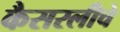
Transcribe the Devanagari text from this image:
कैसरलीचे